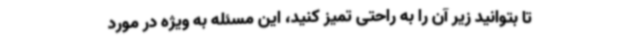
تا بتوانید زیر آن را به راحتی تمیز کنید، این مسئله به ویژه در مورد